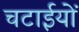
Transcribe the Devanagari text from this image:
चटाईयों